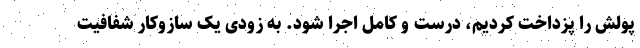
پولش را پزداخت کردیم، درست و کامل اجرا شود. به زودی یک سازوکار شفافیت